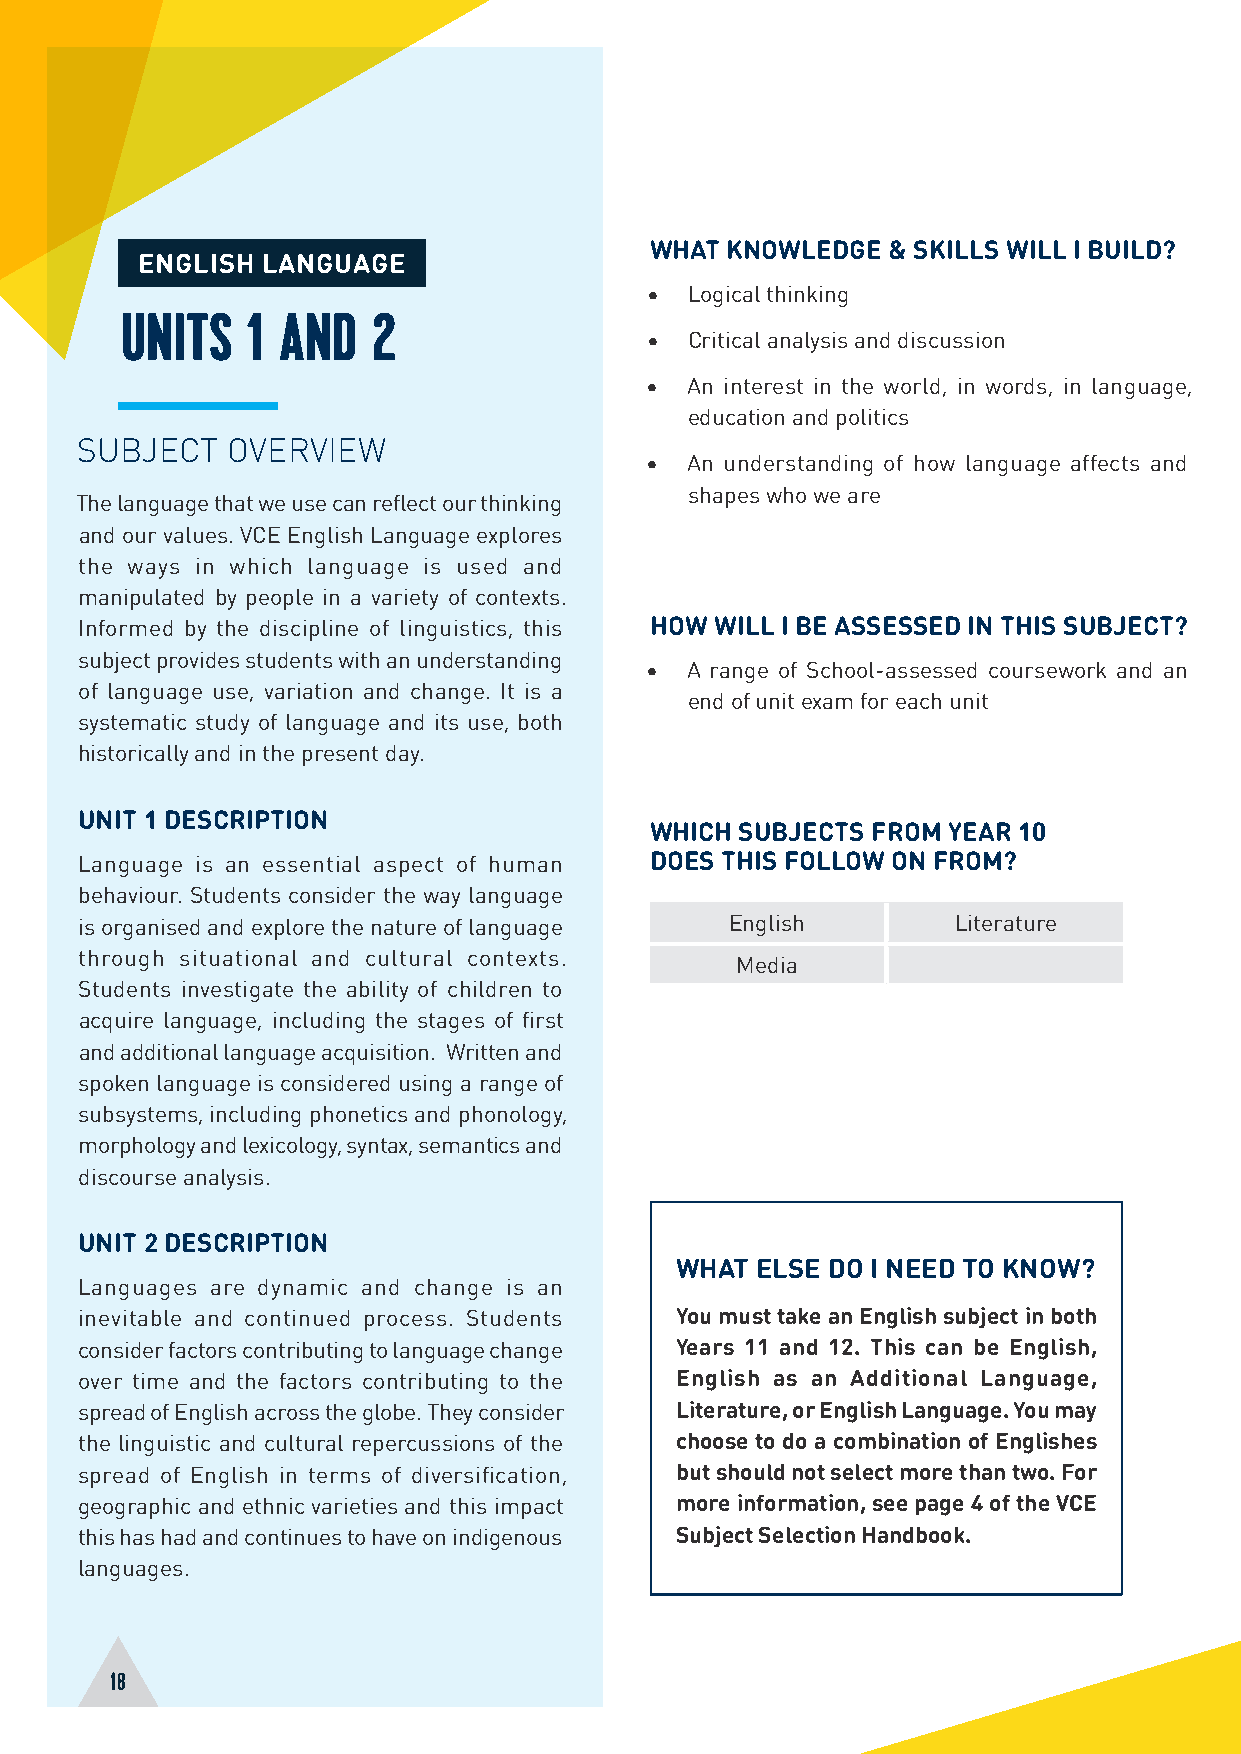
WHAT KNOWLEDGE  & SKILLS WILL I BUILD?
 ENGLISH LANGUAGE
 •  Logical thinking
 UNITS   1 AND    2
 •  Critical analysis and discussion
 • An interest in the world, in words, in language,
 education and politics
 SUBJECT   OVERVIEW
 • An understanding of how language affects and
 shapes who we are
 The language that we use can reflect our thinking
 and our values. VCE English Language explores
 the ways in which language is used and
 manipulated by people in a variety of contexts.
 Informed by the discipline of linguistics, this HOW WILL I BE ASSESSED IN THIS SUBJECT?
 subject provides students with an understanding
 • A range of School-assessed coursework and an
 of language use, variation and change. It is a
 end of unit exam for each unit
 systematic study of language and its use, both
 historically and in the present day.
 UNIT 1 DESCRIPTION
 WHICH SUBJECTS FROM YEAR 10
 Language is an essential aspect of human DOES THIS FOLLOW ON FROM?
 behaviour. Students consider the way language
 is organised and explore the nature of language English   Literature
 through situational and cultural contexts.
 Media
 Students investigate the ability of children to
 acquire language, including the stages of first
 and additional language acquisition. Written and
 spoken language is considered using a range of
 subsystems, including phonetics and phonology,
 morphology and lexicology, syntax, semantics and
 discourse analysis.
 UNIT 2 DESCRIPTION
 WHAT ELSE DO I NEED TO KNOW?
 Languages are dynamic and change is an
 inevitable and continued process. Students You must take an English subject in both
 consider factors contributing to language change Years 11 and 12. This can be English,
 over time and the factors contributing to the English as an Additional Language,
 spread of English across the globe. They consider Literature, or English Language. You may
 the linguistic and cultural repercussions of the choose to do a combination of Englishes
 spread of English in terms of diversification, but should not select more than two. For
 geographic and ethnic varieties and this impact more information, see page 4 of the VCE
 this has had and continues to have on indigenous Subject Selection Handbook.
 languages.
 18